Civil Veterinary Dept. Bombay admin report 1923-31 - 1923-1931
Year: 1923
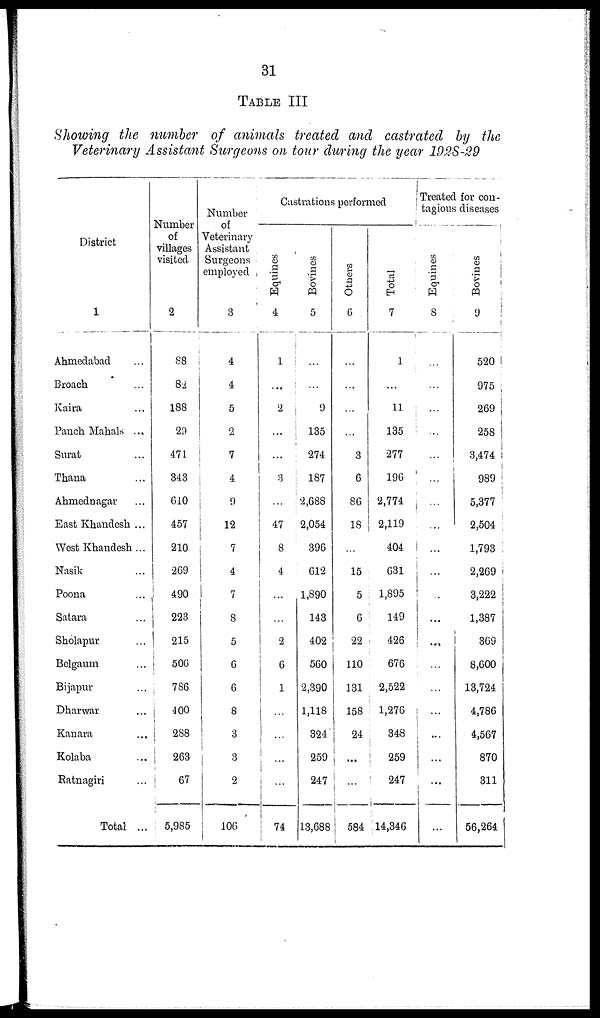
31
TABLE III
Showing the number of animals treated and castrated by the
Veterinary Assistant Surgeons on tour during the year 1928-29
District
1
Ahmedabad ...
Broach
Kaira ...
Panch Mahals ...
Surat ...
Thana ...
Ahmednagar ...
East Khandesh ...
West Khandesh ...
Nasik ...
Poona ...
Satara ...
Sholapur ...
Belgaum ...
Bijapur ...
Dharwar ...
Kanara ...
Kolaba ...
Ratnagiri ...
Total ...
Number
of
villages
visited
2
88
82
188
29
471
343
610
457
210
269
490
223
215
506
786
400
288
263
67
5,985
Number
of
Veterinary
Assistant
Surgeons
employed
3
4
4
5
2
7
4
9
12
7
4
7
8
5
6
6
8
3
3
2
106
Castrations performed
Equines
4
1
...
2
...
...
3
...
47
8
4
...
...
2
6
1
..
...
...
...
74
Bovines
5
...
...
9
135
274
187
2,688
2,054
396
612
1,890
143
402
560
2,390
1,118
324
259
247
13,688
Others
6
...
...
...
...
3
6
86
18
...
15
5
6
22
110
131
158
24
...
...
584
Total
7
1
...
11
135
277
196
2,774
2,119
404
631
1,895
149
426
676
2,522
1,276
348
259
247
14,346
Treated for con-
tagious diseases
Equines
8
...
...
...
...
...
...
...
...
...
...
...
...
...
...
...
...
...
...
...
Bovines
9
520
975
269
258
3,474
989
5,377
2,504
1,793
2,269
3,222
1,387
369
8,600
13,724
4,786
4,567
870
311
56,264